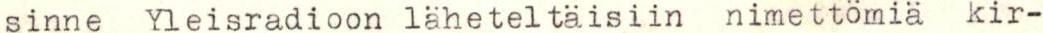
sinne Yleisradioon läheteltäisiin nimettömiä kir-